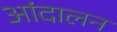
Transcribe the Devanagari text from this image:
आंदालन